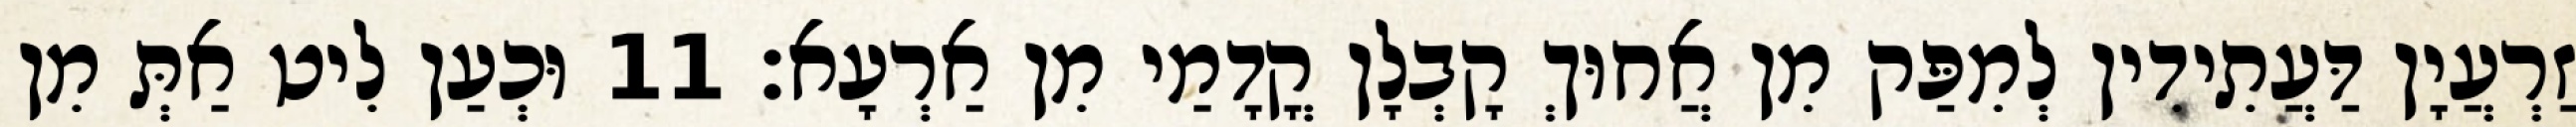
זַרְעֲיָן דַּעֲתִידִין לְמִפַּק מִן אֲחוּךְ קָבְלָן קֳדָמַי מִן אַרְעָא׃ 11 וּכְעַן לִיט אַתְּ מִן